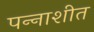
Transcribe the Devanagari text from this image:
पन्‍नाशीत